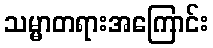
သမ္မာတရားအကြောင်း